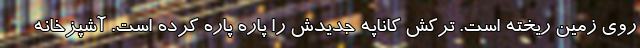
روی زمین ریخته است. ترکش کاناپه جدیدش را پاره پاره کرده است. آشپزخانه